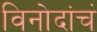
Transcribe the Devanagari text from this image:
विनोदांचं